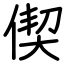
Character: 偰